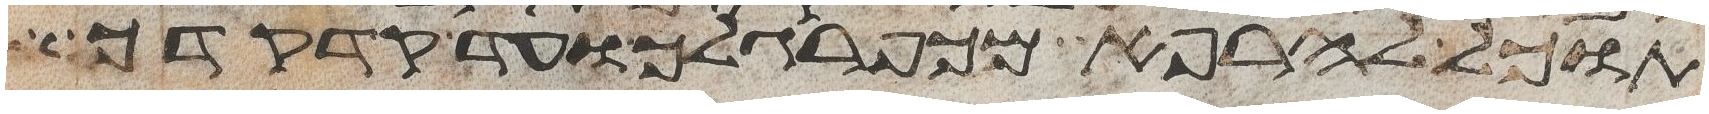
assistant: תוכל להרפא מכף רגלך ועד קדקדך